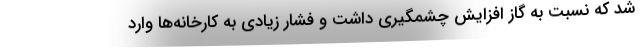
شد که نسبت به گاز افزایش چشمگیری داشت و فشار زیادی به کارخانه‌ها وارد